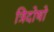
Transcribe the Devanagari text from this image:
त्रिदोषो